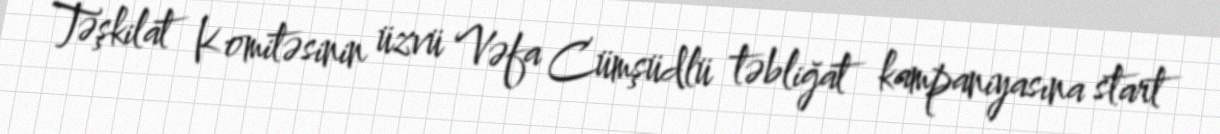
Təşkilat Komitəsinin üzvü Vəfa Cümşüdlü təbliğat kampaniyasına start